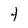
Character: 4